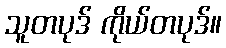
သူတပုဒ် ကိုယ်တပုဒ်။